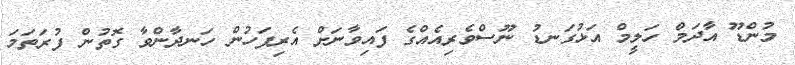
މުންޑޫ އާދަމް ހަލީމް އަޅުގަނޑު ނޫސްވެރިއެއްގެ ފައިވާނަށް އެރިފަހުން ހަނދާންވާ ގޮތުން ފުރަތަމަ